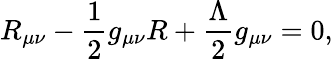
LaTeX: R_{\mu\nu}-\frac{1}{2}g_{\mu\nu}R+\frac{\Lambda}{2}g_{\mu\nu}=0,